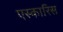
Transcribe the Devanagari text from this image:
एस्कारिस